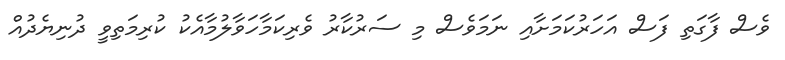
ވެސް ފާގަތި ފަސް އަހަރުކަމަށާއި ނަމަވެސް މި ސަރުކާރު ވެރިކަމާހަވާލުމާއެކު ކުރިމަތިވީ ދުނިޔެދުއް